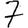
Digit: 7